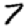
Digit: 7